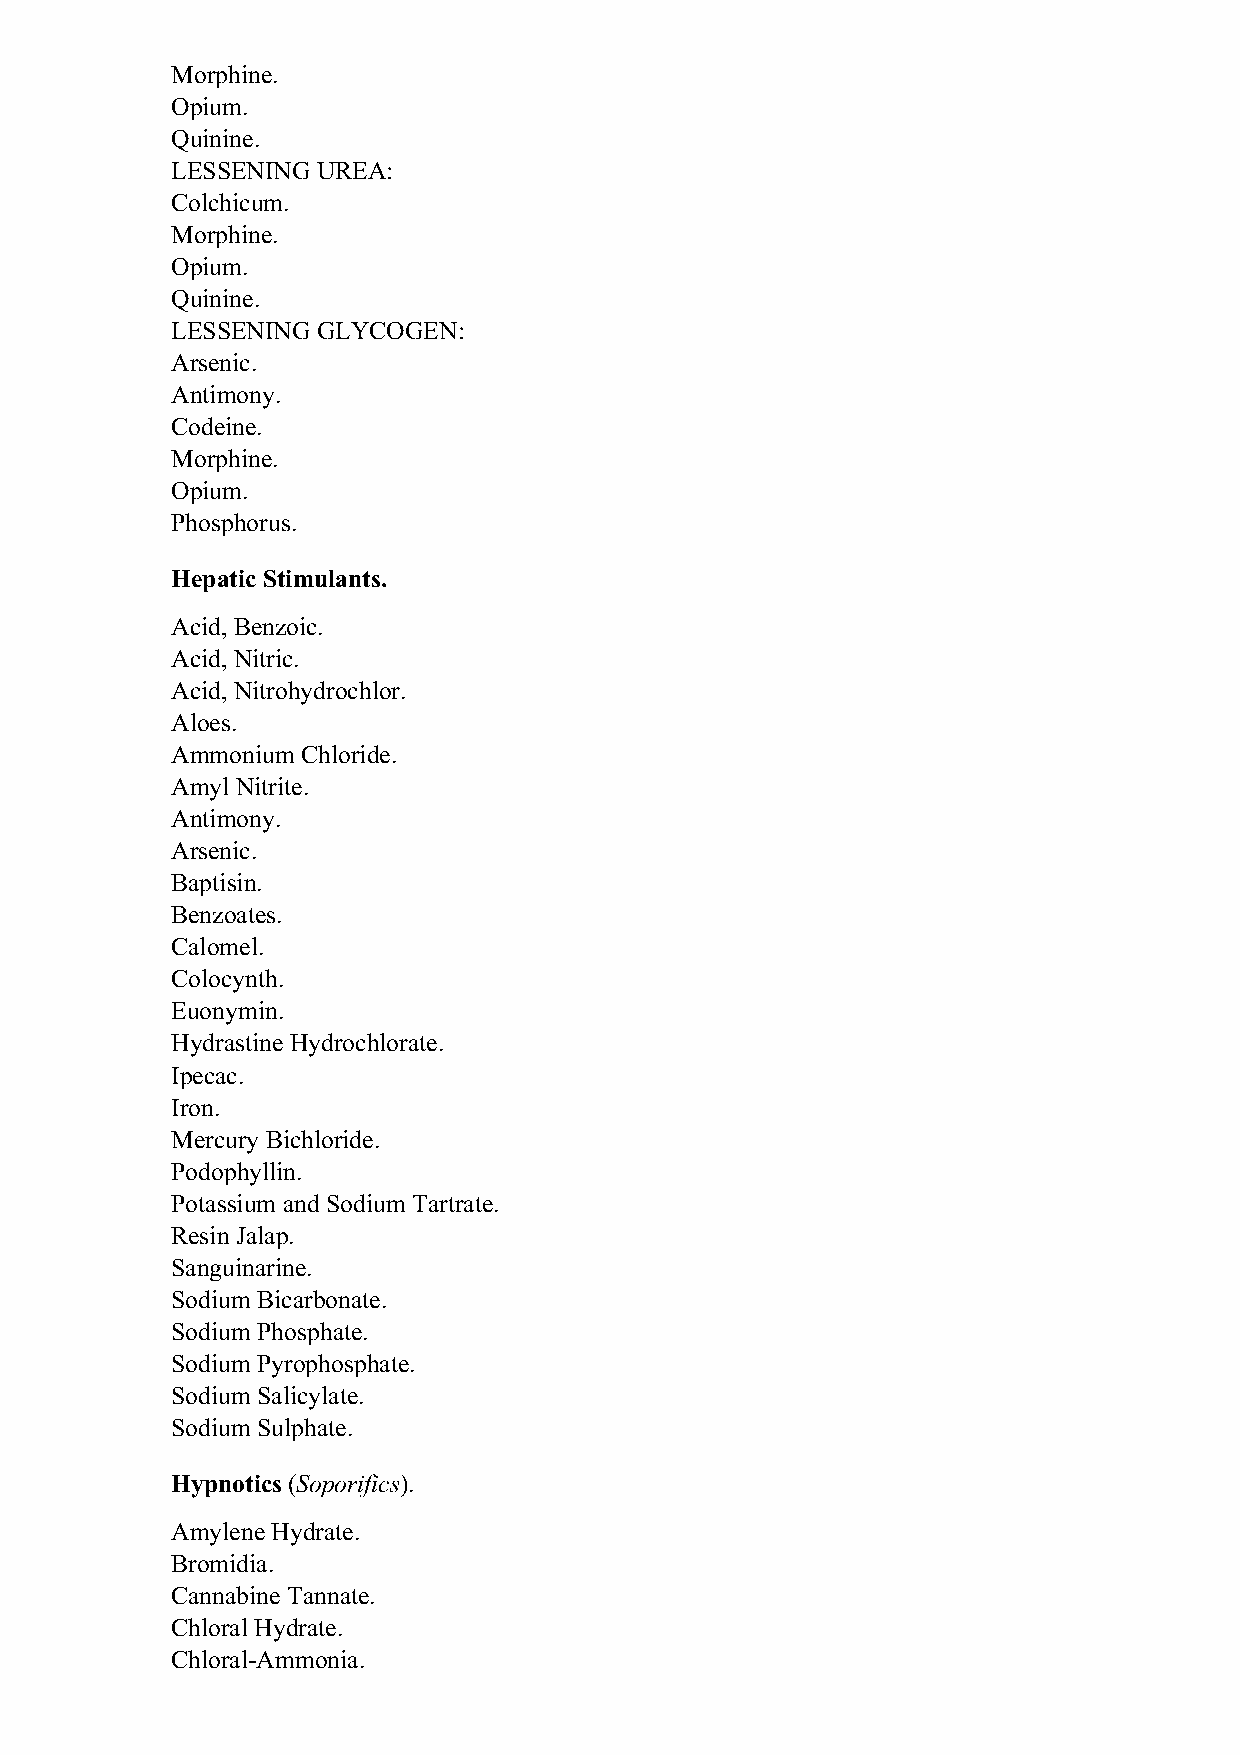
Morphine.
 Opium.
 Quinine.
 LESSENING UREA:
 Colchicum.
 Morphine.
 Opium.
 Quinine.
 LESSENING GLYCOGEN:
 Arsenic.
 Antimony.
 Codeine.
 Morphine.
 Opium.
 Phosphorus.
 Hepatic Stimulants.
 Acid, Benzoic.
 Acid, Nitric.
 Acid, Nitrohydrochlor.
 Aloes.
 Ammonium Chloride.
 Amyl Nitrite.
 Antimony.
 Arsenic.
 Baptisin.
 Benzoates.
 Calomel.
 Colocynth.
 Euonymin.
 Hydrastine Hydrochlorate.
 Ipecac.
 Iron.
 Mercury Bichloride.
 Podophyllin.
 Potassium and Sodium Tartrate.
 Resin Jalap.
 Sanguinarine.
 Sodium Bicarbonate.
 Sodium Phosphate.
 Sodium Pyrophosphate.
 Sodium Salicylate.
 Sodium Sulphate.
 Hypnotics (Soporifics).
 Amylene Hydrate.
 Bromidia.
 Cannabine Tannate.
 Chloral Hydrate.
 Chloral-Ammonia.